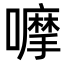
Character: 嚤